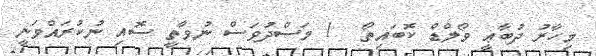
މިހާރު ދުބާޢީ ވޯލްޑް ކޮބައިތޯ  1 މަސްދުވަސް ނުވާތީ ސޮއި ނުކުރައްވަނީ